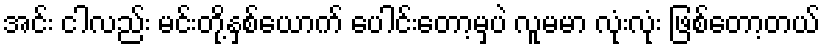
အင်း ငါလည်း မင်းတို့နှစ်ယောက် ပေါင်းတော့မှပဲ လူမမာ လုံးလုံး ဖြစ်တော့တယ်